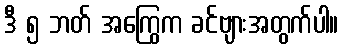
ဒီ ၅ ဘတ် အကြွေက ခင်ဗျားအတွက်ပါ။